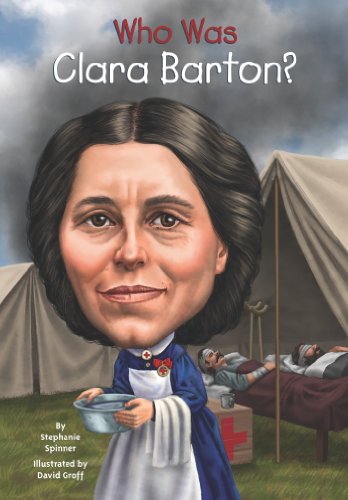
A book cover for Who Was Clara Barton?; Stephanie Spinner; Children's Books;